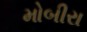
મોબીરા